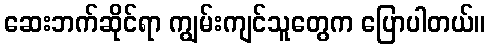
ဆေးဘက်ဆိုင်ရာ ကျွမ်းကျင်သူတွေက ပြောပါတယ်။